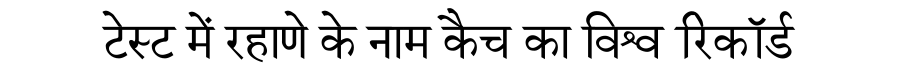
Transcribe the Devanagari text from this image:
टेस्ट में रहाणे के नाम कैच का विश्व रिकॉर्ड